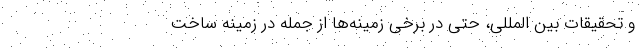
و تحقیقات بین المللی، حتی در برخی زمینه‌ها از جمله در زمینه ساخت